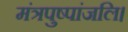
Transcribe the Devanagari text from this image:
मंत्रपुष्पांजलि।